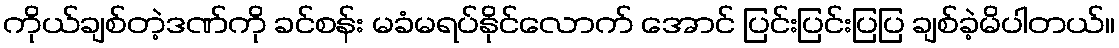
ကိုယ်ချစ်တဲ့ဒဏ်ကို ခင်စန်း မခံမရပ်နိုင်လောက် အောင် ပြင်းပြင်းပြပြ ချစ်ခဲ့မိပါတယ်။